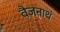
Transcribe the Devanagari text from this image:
वैजनाथं